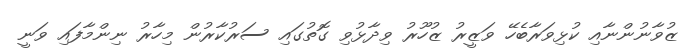
ޒުވާނުންނާއި ކުޅިވަރާބެހޭ ވަޒީރު ޒުހޫރު ވިދާޅުވި ގޮތުގައި ސަރުކާރުން މިހާރު ނިންމާފައި ވަނީ